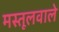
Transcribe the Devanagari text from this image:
मस्तूलवाले